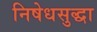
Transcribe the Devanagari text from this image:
निषेधसुद्धा